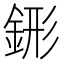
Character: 䤯